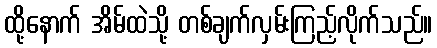
ထို့နောက် အိမ်ထဲသို့ တစ်ချက်လှမ်းကြည့်လိုက်သည်။